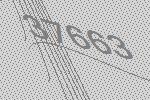
37663